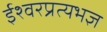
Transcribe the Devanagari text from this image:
ईश्वरप्रत्यभज्ञ